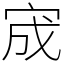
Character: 宬